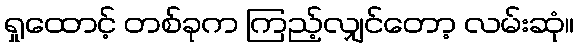
ရှုထောင့် တစ်ခုက ကြည့်လျှင်တော့ လမ်းဆုံ။